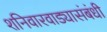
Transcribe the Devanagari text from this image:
शनिवारवाड्यासंबंधी